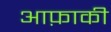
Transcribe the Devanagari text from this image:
आफ़ाकी